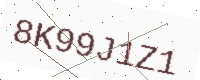
Text: 8K99J1Z1